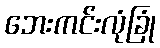
ဘေးကင်းလုံခြုံ